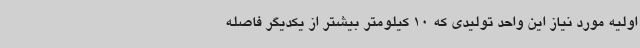
اولیه مورد نیاز این واحد تولیدی که 10 کیلومتر بیشتر از یکدیگر فاصله